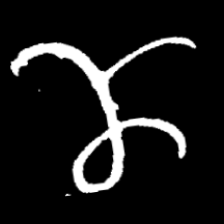
Pyu character \u2014 Myanmar letter: ဏ (romanized: nna)